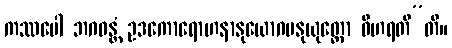
ကဿပေါ ဘဂဝန္တံ ဥဒကောရောဟနာနုယောဂမနုယုတ္တော ဝိဟရတီ”တိ။